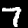
Digit: 7